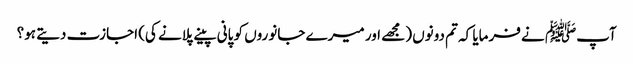
آپﷺ نے فرمایا کہ تم دونوں (مجھے اور میرے جانوروں کو پانی پینے پلانے کی) اجازت دیتے ہو؟